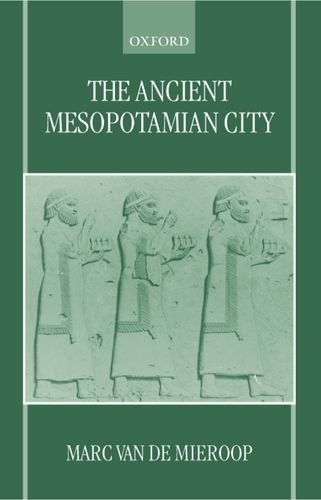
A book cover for The Ancient Mesopotamian City; Marc Van De Mieroop; History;